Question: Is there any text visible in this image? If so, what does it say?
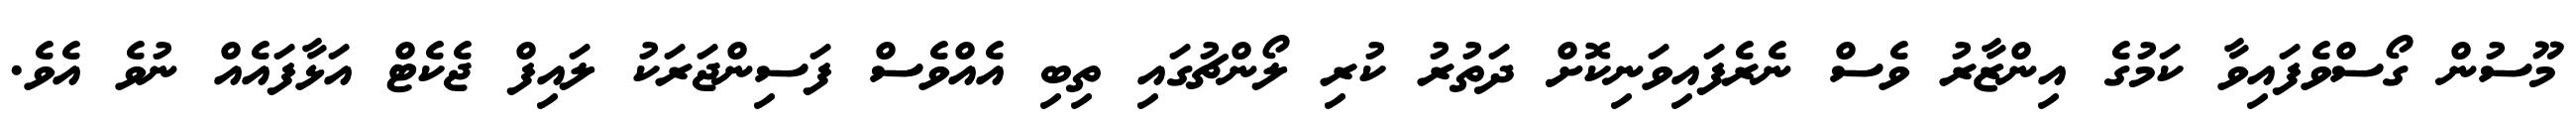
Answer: މޫސުން ގޯސްވެފައިވާ ކަމުގެ އިންޒާރު ވެސް ނެރެފައިވަނިކޮށް ދަތުރު ކުރި ލޯންޗުގައި ތިބި އެއްވެސް ފަސިންޖަރަކު ލައިފް ޖެކެޓް އަޅާފައެއް ނުވެ އެވެ.